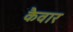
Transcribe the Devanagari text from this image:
कैवार